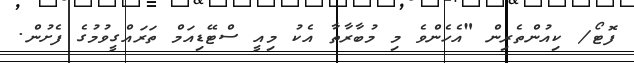
ފޮޓޯ/ ކިއުންތެރިން "އެހެންވެ މި މުބާރާތާ އެކު މިއީ ސްޓޭޑިއަމް ތަރައްގީވުމުގެ ފެށުން.